Leningradi_Edasi_toimetus, lk 49
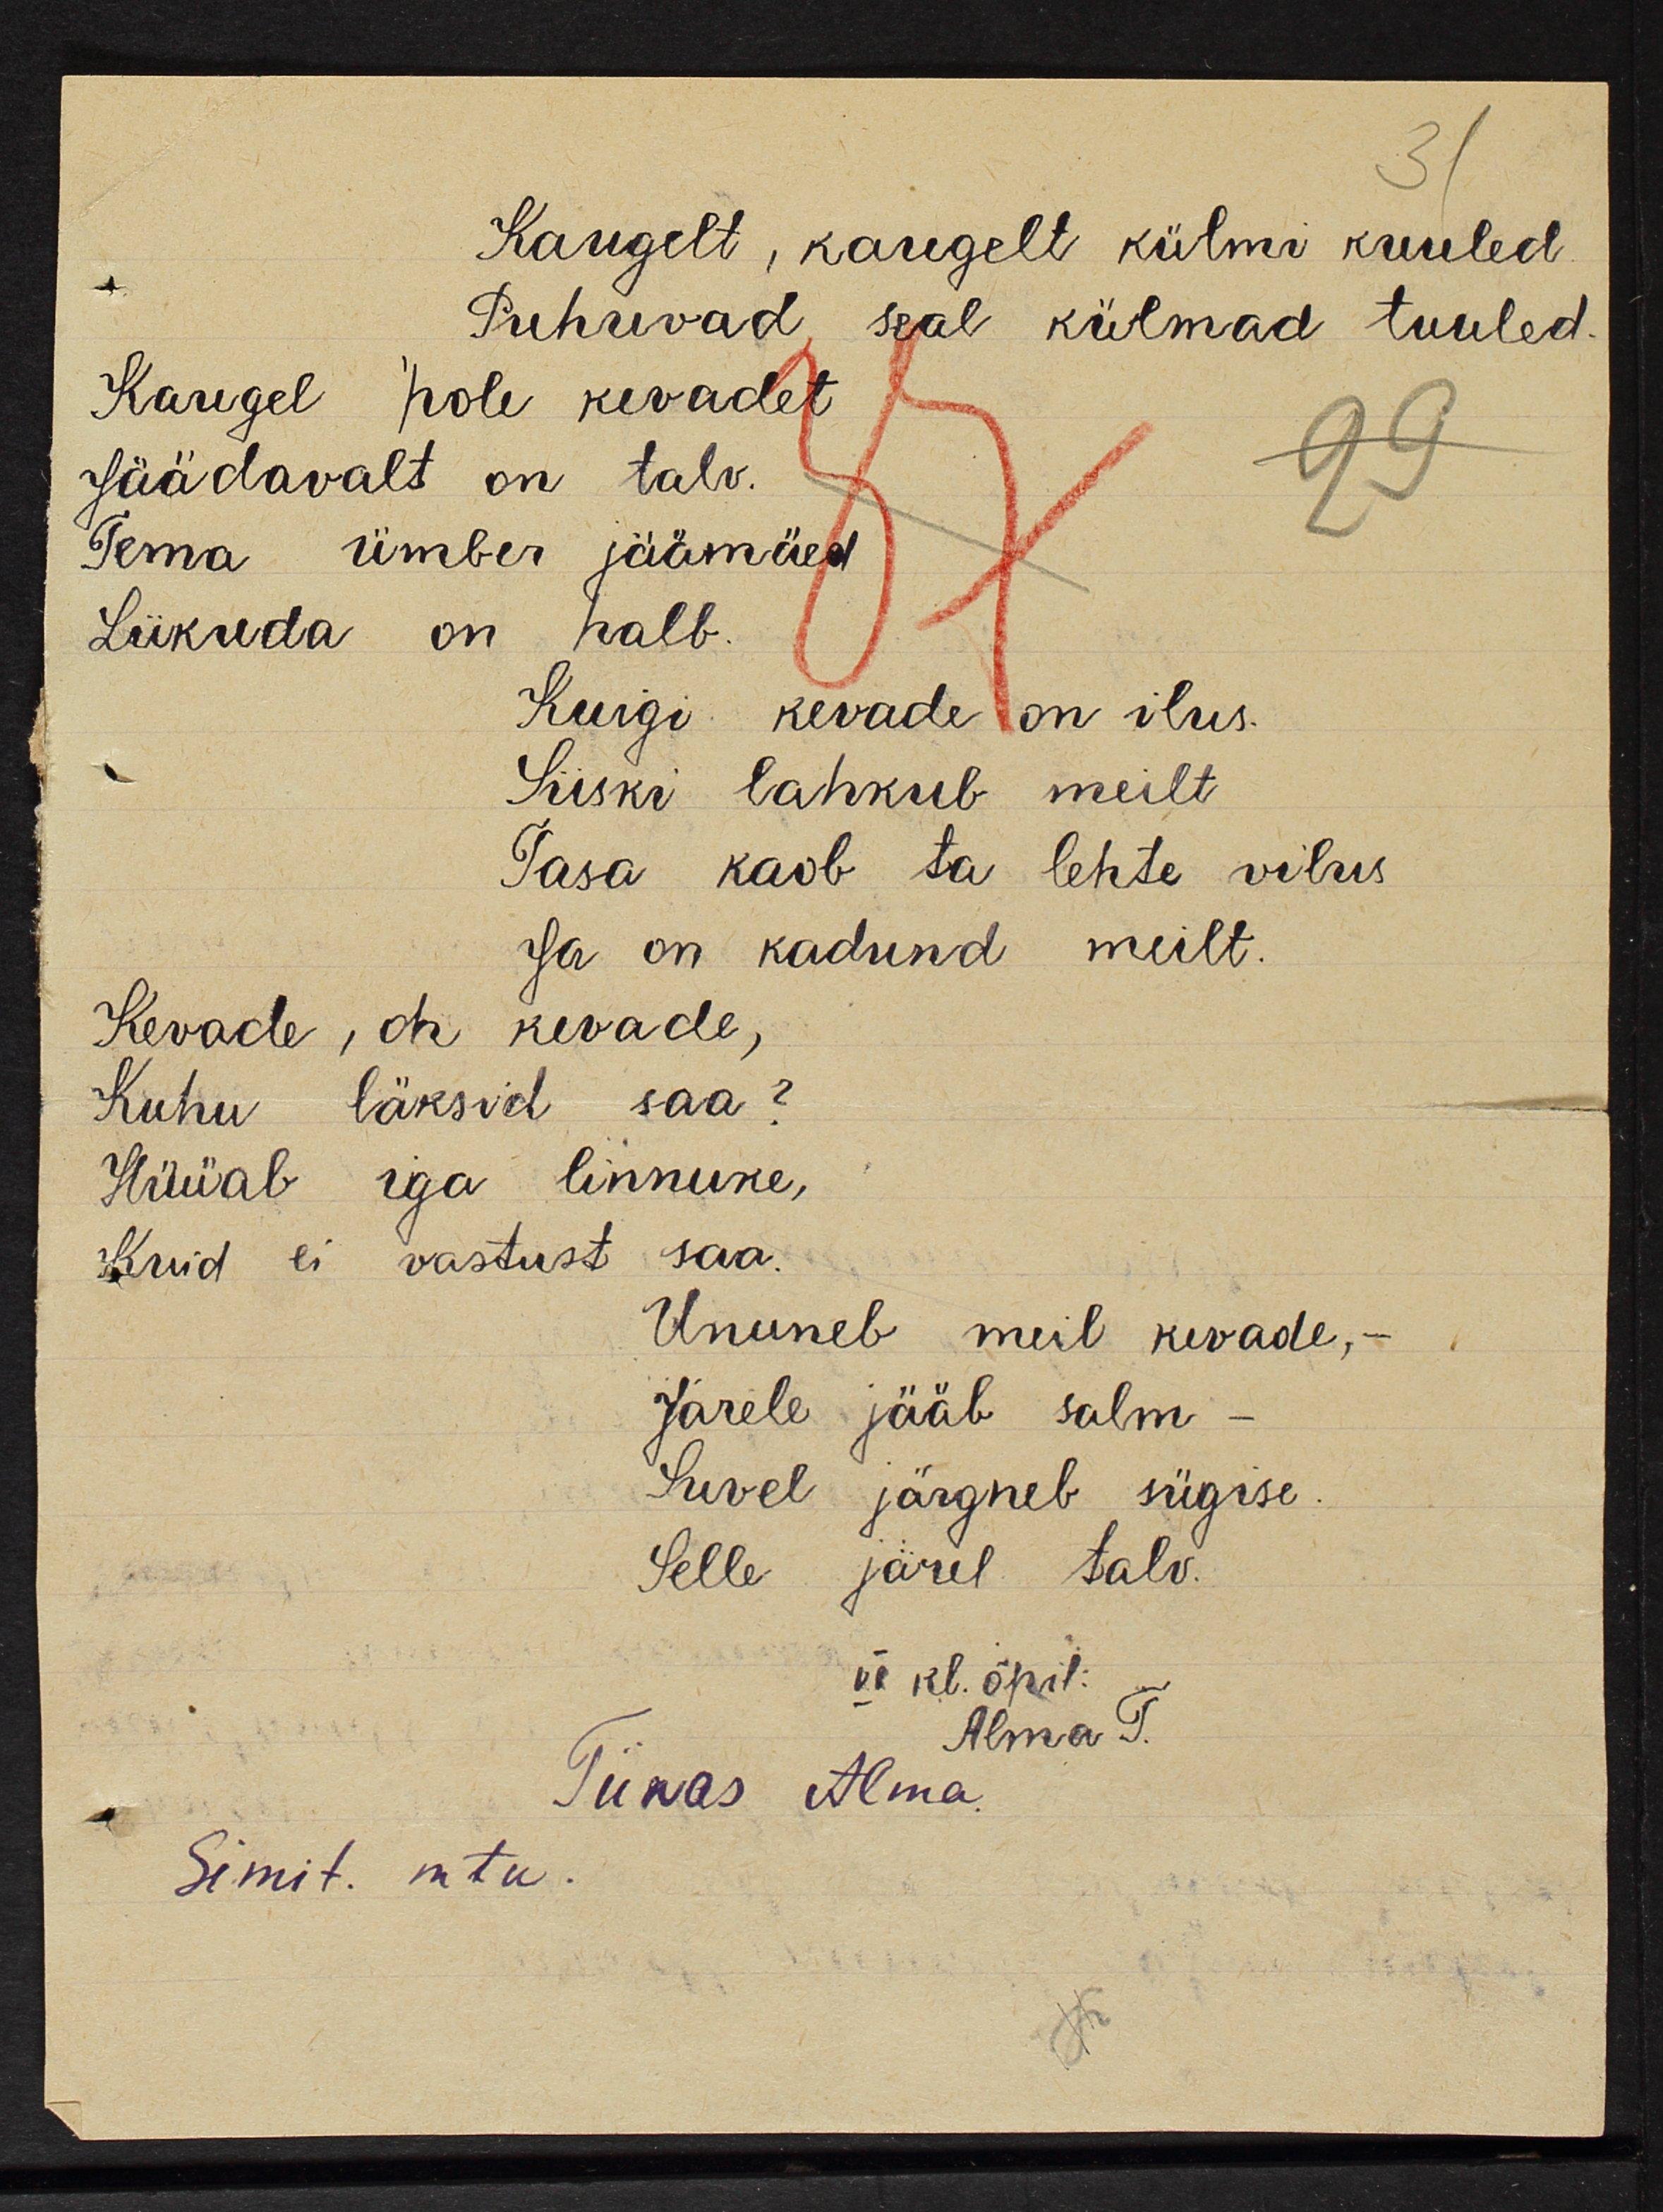
Kaugelt, kaugelt külma kuuled
Puhuvad seal külmad tuuled
Kaugel pole kevadet
Jäädavalt on talv.
Tema ümber jäämäed
Liikuda on halb
halb
Kuigi kevade on ilus.
Siiski lahkub meilt 
Tasa kaob ta lehte vilus
Ja on kadund meilt
meilt
Kevade, oh kevade,
Kuhu läksid saa?
Hüüab iga linnuke,
iga linnuke,
Kuid ei vastust saa.
vastust saa.
Ununeb meil kevade, -
Järele jääb salm -
Suvel 
järgneb sügise
Selle järel talv.
järel talv.
VI kl. õpil.
Alma t.
Tiinas Alma
Simit. mtu.